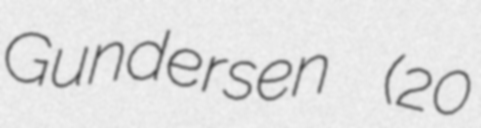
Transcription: Gundersen (20